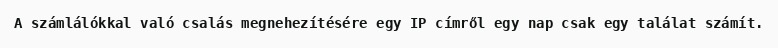
A számlálókkal való csalás megnehezítésére egy IP címről egy nap csak egy találat számít.